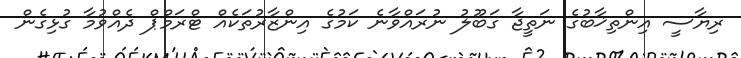
ރިޔާސީ އިންތިޚާބުގެ ނަތީޖާ ގަބޫލު ނުރައްވާނެ ކަމުގެ އިންޒާރުތަކެއް ޓްރަމްޕް ދެއްވުމާ ގުޅިގެން